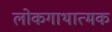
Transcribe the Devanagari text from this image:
लोकगाथात्मक